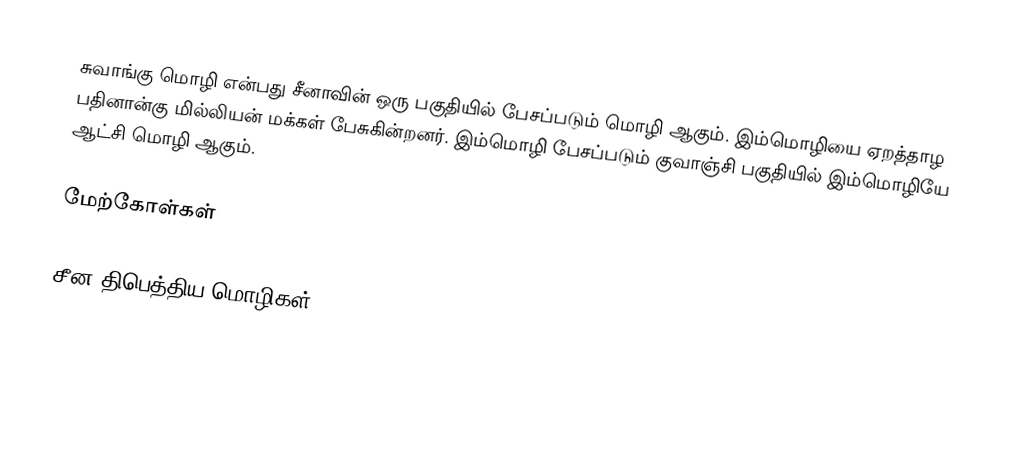
சுவாங்கு மொழி என்பது சீனாவின் ஒரு பகுதியில் பேசப்படும் மொழி ஆகும். இம்மொழியை ஏறத்தாழ பதினான்கு மில்லியன் மக்கள் பேசுகின்றனர். இம்மொழி பேசப்படும் குவாஞ்சி பகுதியில் இம்மொழியே ஆட்சி மொழி ஆகும்.

மேற்கோள்கள்

சீன-திபெத்திய மொழிகள்